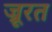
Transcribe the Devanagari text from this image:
ज्रूरत